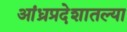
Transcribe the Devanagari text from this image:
आंध्रप्रदेशातल्या